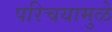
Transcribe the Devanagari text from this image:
परिचयामुळे